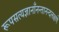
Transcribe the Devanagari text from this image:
रूपसत्यज्ञानाँनन्तानन्दलक्षणे